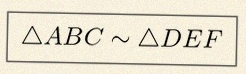
\triangle ABC\sim\triangle DEF